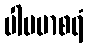
ပါပမာစရံ